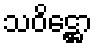
သဝိဋ္ဌော